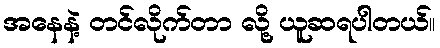
အနေနဲ့ တင်လိုက်တာ လို့ ယူဆရပါတယ်။